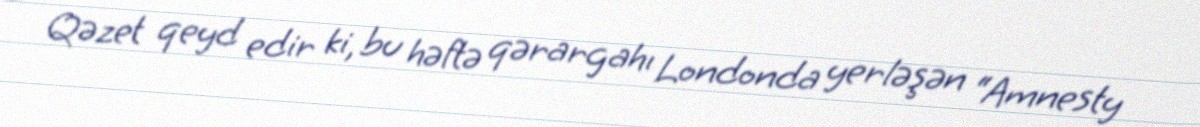
Qəzet qeyd edir ki, bu həftə qərargahı Londonda yerləşən “Amnesty